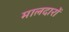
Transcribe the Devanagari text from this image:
मालदारों